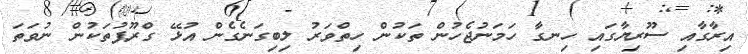
އިރާގާއި ސޫރިޔާގައި ހިނގާ ހަމަނުޖެހުން ތަކުން ހިތްވަރު ލިބިގަނެގެން އުޅޭ ގްރޫޕުތަކުން ނުވަތަ